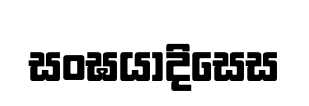
සංඝයාදිසෙස